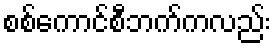
စစ်ကောင်စီဘက်ကလည်း